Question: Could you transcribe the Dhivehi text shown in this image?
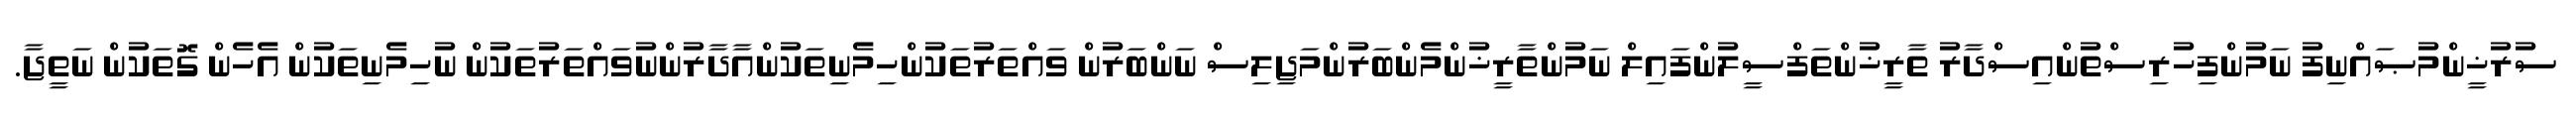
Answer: ސުރުޚީންމުޞައްނިފު ނަމުންފިހުރިސްތުންއިސްދާރު ތާރީޚުންތަފްސީލުންފައިލް ނަމުންތާރީޚުންމެންބަރުންމަޖިލިސް ނަންބަރުން ވައްތަރުތަކުންހިމެނިތަކުންއާދާރުންނުވައްތަރުތަކުން ނުހިމެނިތަކުން އެހެން ގޮތަކުން ނަތީޖާ.